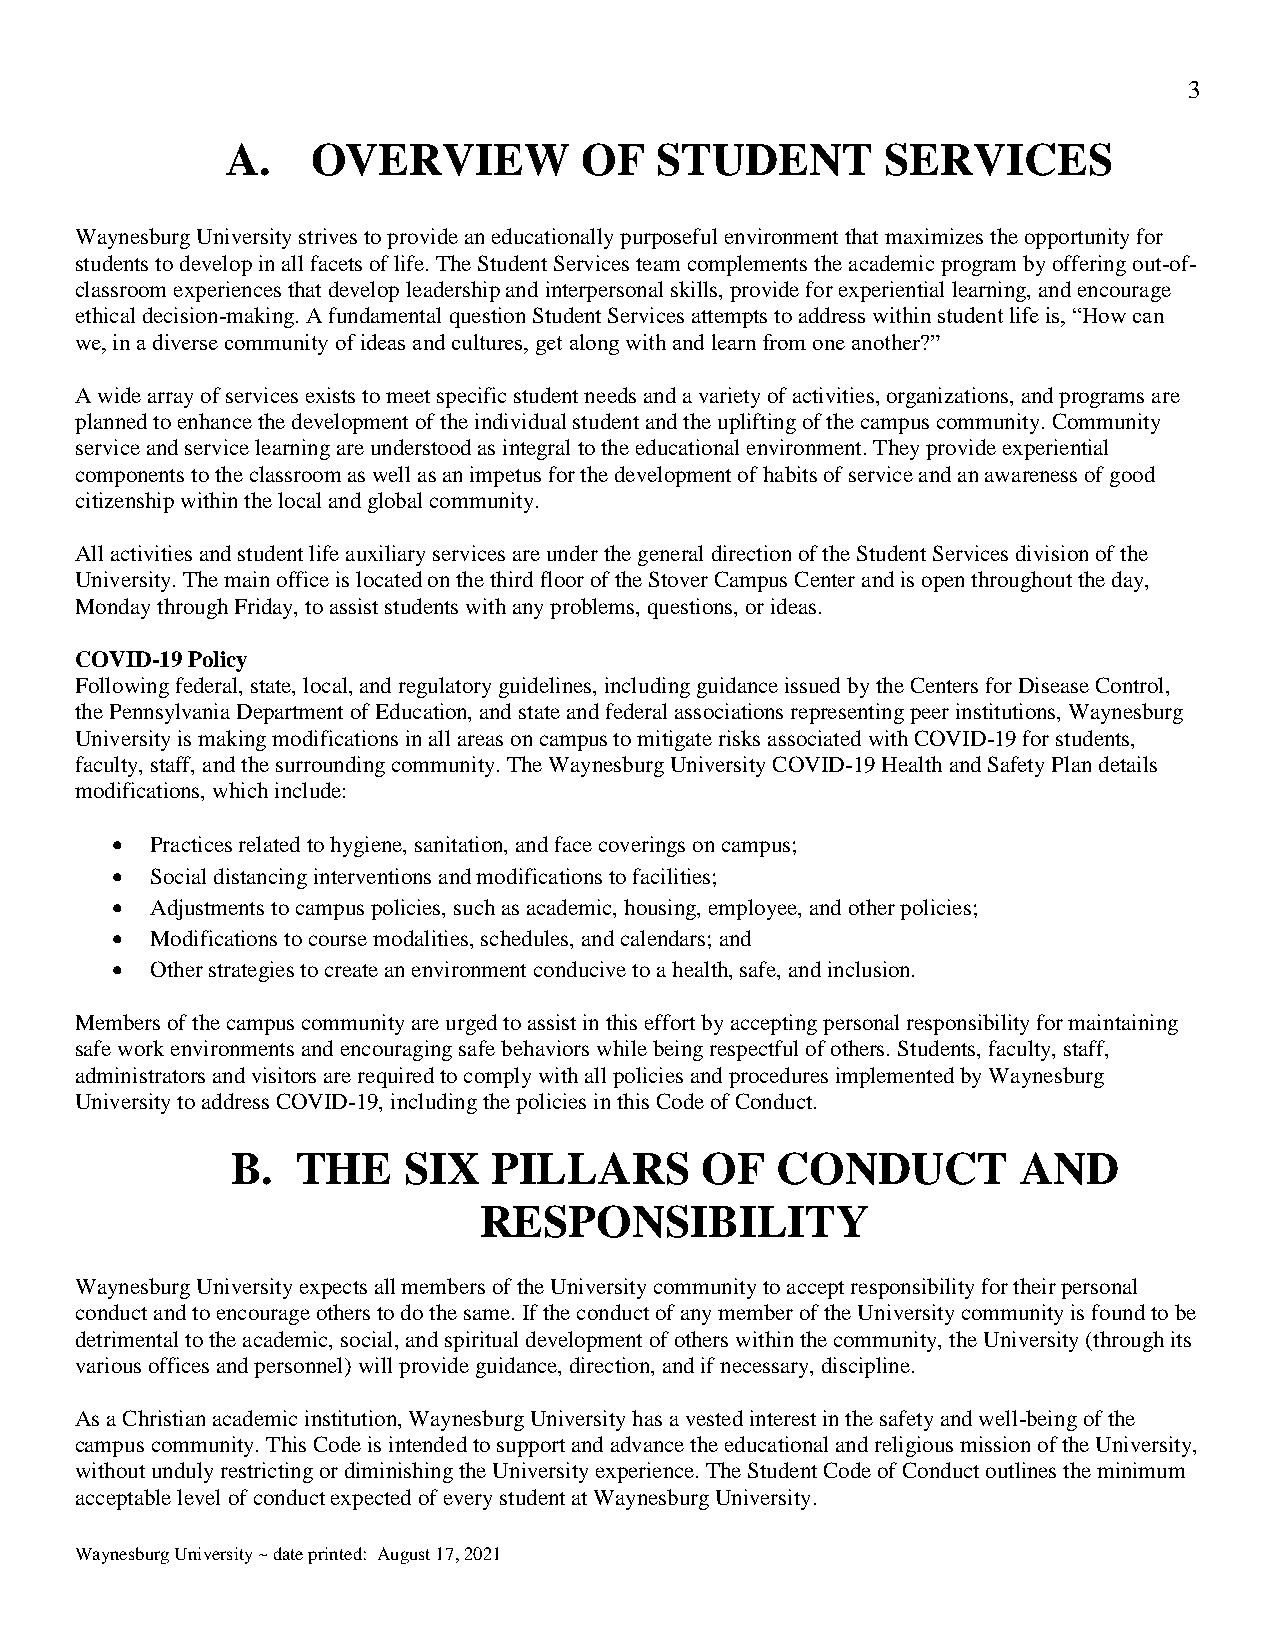
3
 A.    OVERVIEW          OF  STUDENT         SERVICES
 Waynesburg University strives to provide an educationally purposeful environment that maximizes the opportunity for
 students to develop in all facets of life. The Student Services team complements the academic program by offering out-of-
 classroom experiences that develop leadership and interpersonal skills, provide for experiential learning, and encourage
 ethical decision-making. A fundamental question Student Services attempts to address within student life is, “How can
 we, in a diverse community of ideas and cultures, get along with and learn from one another?”
 A wide array of services exists to meet specific student needs and a variety of activities, organizations, and programs are
 planned to enhance the development of the individual student and the uplifting of the campus community. Community
 service and service learning are understood as integral to the educational environment. They provide experiential
 components to the classroom as well as an impetus for the development of habits of service and an awareness of good
 citizenship within the local and global community.
 All activities and student life auxiliary services are under the general direction of the Student Services division of the
 University. The main office is located on the third floor of the Stover Campus Center and is open throughout the day,
 Monday through Friday, to assist students with any problems, questions, or ideas.
 COVID-19 Policy
 Following federal, state, local, and regulatory guidelines, including guidance issued by the Centers for Disease Control,
 the Pennsylvania Department of Education, and state and federal associations representing peer institutions, Waynesburg
 University is making modifications in all areas on campus to mitigate risks associated with COVID-19 for students,
 faculty, staff, and the surrounding community. The Waynesburg University COVID-19 Health and Safety Plan details
 modifications, which include:
   Practices related to hygiene, sanitation, and face coverings on campus;
   Social distancing interventions and modifications to facilities;
   Adjustments to campus policies, such as academic, housing, employee, and other policies;
   Modifications to course modalities, schedules, and calendars; and
   Other strategies to create an environment conducive to a health, safe, and inclusion.
 Members of the campus community are urged to assist in this effort by accepting personal responsibility for maintaining
 safe work environments and encouraging safe behaviors while being respectful of others. Students, faculty, staff,
 administrators and visitors are required to comply with all policies and procedures implemented by Waynesburg
 University to address COVID-19, including the policies in this Code of Conduct.
 B.   THE    SIX   PILLARS      OF   CONDUCT          AND
 RESPONSIBILITY
 Waynesburg University expects all members of the University community to accept responsibility for their personal
 conduct and to encourage others to do the same. If the conduct of any member of the University community is found to be
 detrimental to the academic, social, and spiritual development of others within the community, the University (through its
 various offices and personnel) will provide guidance, direction, and if necessary, discipline.
 As a Christian academic institution, Waynesburg University has a vested interest in the safety and well-being of the
 campus community. This Code is intended to support and advance the educational and religious mission of the University,
 without unduly restricting or diminishing the University experience. The Student Code of Conduct outlines the minimum
 acceptable level of conduct expected of every student at Waynesburg University.
 Waynesburg University ~ date printed: August 17, 2021